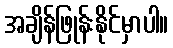
အချိန်ဖြုန်းနိုင်မှာပါ။